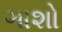
ગાશો